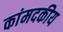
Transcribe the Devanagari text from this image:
कांमदकीय